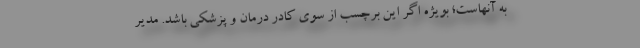
به آنهاست؛ بویژه اگر این برچسب از سوی کادر درمان و پزشکی باشد. مدیر